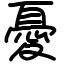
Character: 憂